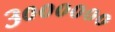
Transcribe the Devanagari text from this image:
३००००००